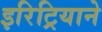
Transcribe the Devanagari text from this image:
इरिट्रियाने